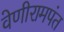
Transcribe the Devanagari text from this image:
वेणीरामपंत